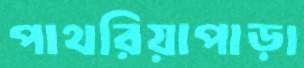
পাথরিয়াপাড়া